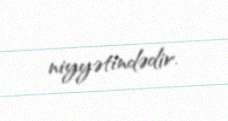
niyyətindədir.